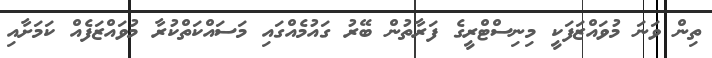
ތިން ވަނަ މުވައްޒަފަކީ މިނިސްޓްރީގެ ފަރާތުން ބޭރު ގައުމެއްގައި މަސައްކަތްކުރާ މުވައްޒަފެއް ކަމަށާއި